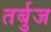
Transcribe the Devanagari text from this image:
तर्बुज